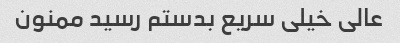
عالی خیلی سریع بدستم رسید ممنون